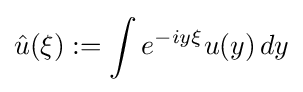
{\hat {u}}(\xi ):=\int e^{-iy\xi }u(y)\,dy